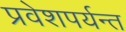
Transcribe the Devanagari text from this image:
प्रवेशपर्यन्त